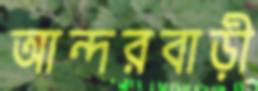
আন্দরবাড়ী